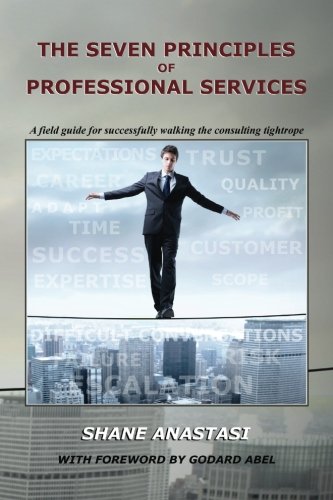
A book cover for The Seven Principles of Professional Services: A field guide for successfully walking the consulting tightrope; Shane Anastasi; Business & Money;